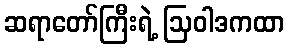
ဆရာတော်ကြီးရဲ့ ဩဝါဒကထာ